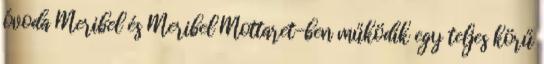
óvoda Meribel és Meribel Mottaret-ben működik egy teljes körű